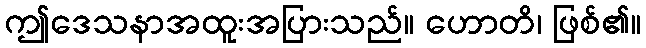
ဤဒေသနာအထူးအပြားသည်။ ဟောတိ၊ ဖြစ်၏။